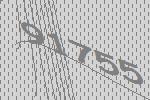
91755